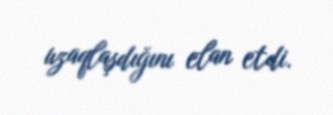
uzaqlaşdığını elan etdi.